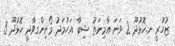
ޒުހުރީ ނ.ހޮޅުދޫ 2 ވަނަ އާމިނަތު ޝިބާ އަހުމަދު މޯނިންގވާދީ ހޮޅުދޫ 3